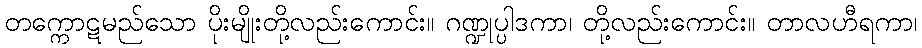
တက္ကောဋမည်သော ပိုးမျိုးတို့လည်းကောင်း။ ဂဏ္ဍုပ္ပါဒကာ၊ တို့လည်းကောင်း။ တာလဟီရကာ၊